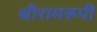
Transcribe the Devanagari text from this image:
श्रीरामरूपी